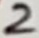
Text: 2